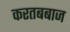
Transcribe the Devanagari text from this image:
करतबबाज